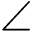
\angle